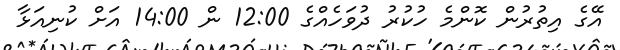
އޭގެ އިތުރުން ކޮންމެ ހުކުރު ދުވަހެއްގެ 12:00 ން 14:00 އަށް ކުނިއަޅާ